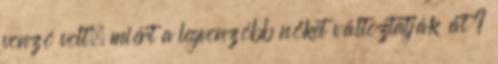
vonzó volt, miért a legvonzóbb nőket változtatják át ?